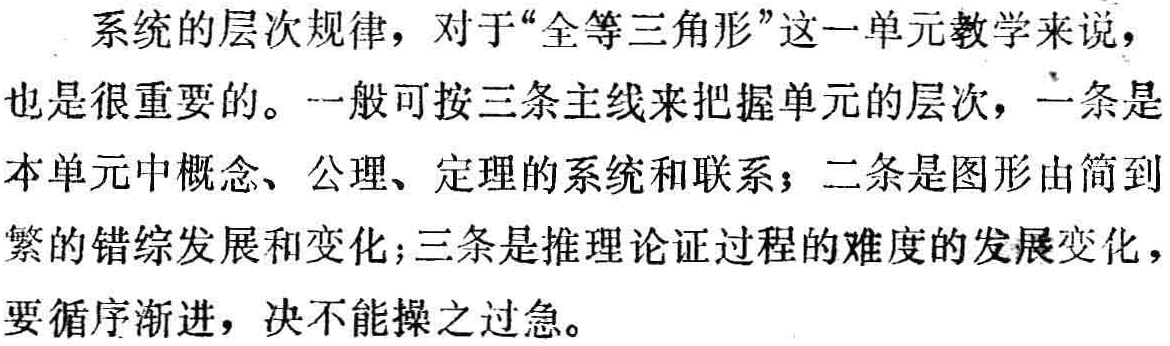
系统的层次规律，对于“全等三角形”这一单元教学来说，

也是很重要的。一般可按三条主线来把握单元的层次，一条是

本单元中概念、公理、定理的系统和联系；二条是图形由简到

繁的错综发展和变化；三条是推理论证过程的难度的发展变化，

要循序渐进，决不能操之过急。